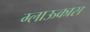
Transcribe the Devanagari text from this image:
ग्लाऊकास